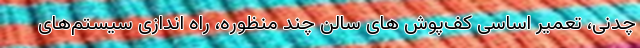
چدنی، تعمیر اساسی کف‌پوش های سالن چند منظوره، راه اندازی سیستم‌های